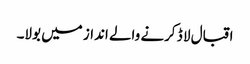
اقبال لا ڈ کرنے والے انداز میں بولا۔